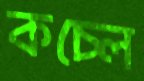
কচ্‌লে